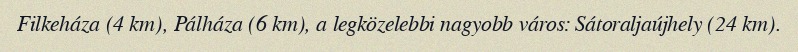
Filkeháza (4 km), Pálháza (6 km), a legközelebbi nagyobb város: Sátoraljaújhely (24 km).